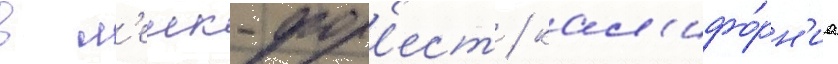
в л'еик-фор'ест / кал'ифо́рн'иа